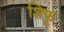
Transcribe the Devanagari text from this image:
शिफू